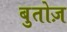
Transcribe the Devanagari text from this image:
बुतोज़